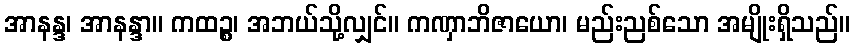
အာနန္ဒ၊ အာနန္ဒာ။ ကထဉ္စ၊ အဘယ်သို့လျှင်။ ကဏှာဘိဇာယော၊ မည်းညစ်သော အမျိုးရှိသည်။